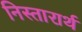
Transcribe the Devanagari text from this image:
निस्तारार्थ